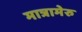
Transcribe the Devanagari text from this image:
मात्रामेरु